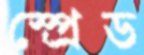
স্প্রেড